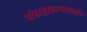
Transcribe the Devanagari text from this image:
संग्रहालयाबाहेर